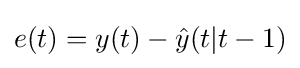
e(t)=y(t)-{\hat {y}}(t|t-1)